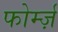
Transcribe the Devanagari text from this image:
फोर्म्ज़